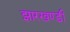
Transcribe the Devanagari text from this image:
झारखण्‍डी